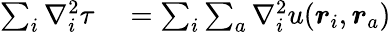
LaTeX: \begin{array}{rl}{\sum_{i}\nabla_{i}^{2}\tau}&{{}=\sum_{i}\sum_{a}\nabla_{i}^{2}u(\boldsymbol{r}_{i},\boldsymbol{r}_{a})}\end{array}